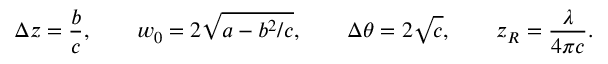
\Delta z = \frac { b } { c } , ~ ~ ~ ~ ~ ~ w _ { 0 } = 2 \sqrt { a - b ^ { 2 } / c } , ~ ~ ~ ~ ~ ~ \Delta \theta = 2 \sqrt { c } , ~ ~ ~ ~ ~ ~ z _ { R } = \frac { \lambda } { 4 \pi c } .